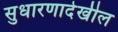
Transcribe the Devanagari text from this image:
सुधारणादेखील